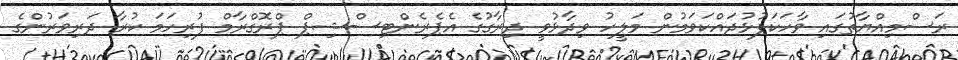
ރަސްމިއްޔާތުގައި ވާހަކަފުޅުދައްކަވަމުން މަލީހު ވިދާޅުވީ ދިރާގުގެ އެޕެރެންޓިސްޝިޕް ޕްރޮގްރާމް ފުރިހަމަ ކުރާ ދަރިވަރުންގެ